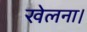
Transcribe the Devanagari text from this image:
खेलना।